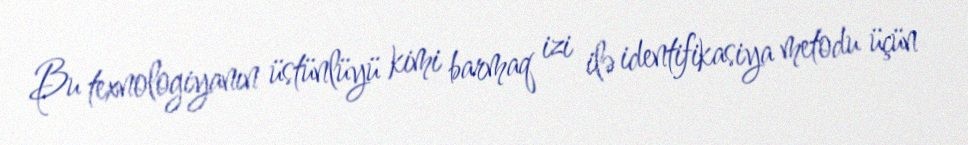
Bu texnologiyanın üstünlüyü kimi barmaq izi ilə identifikasiya metodu üçün